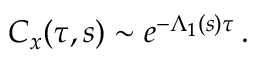
\begin{array} { r } { C _ { x } ( \tau , s ) \sim e ^ { - \Lambda _ { 1 } ( s ) \tau } \, . } \end{array}